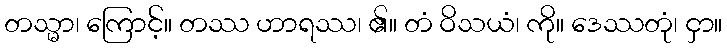
တသ္မာ၊ ကြောင့်။ တဿ ဟာရဿ၊ ၏။ တံ ဝိသယံ၊ ကို။ ဒေဿတုံ၊ ငှာ။